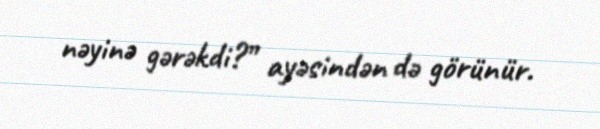
nəyinə gərəkdi?” ayəsindən də görünür.